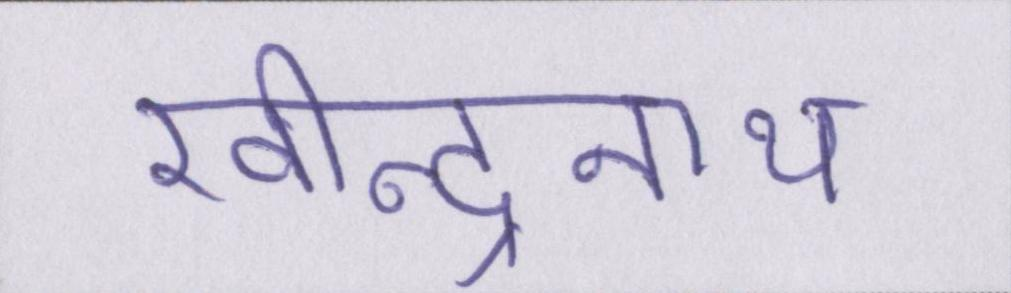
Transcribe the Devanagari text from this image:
रवीन्द्रनाथ